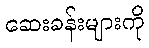
ဆေးခန်းများကို